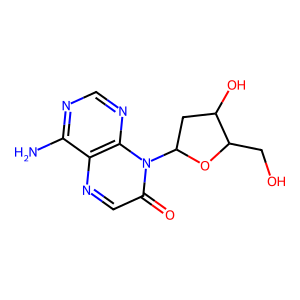
SMILES: Nc1ncnc2c1ncc(=O)n2C1CC(O)C(CO)O1
Inhibits HIV replication: No